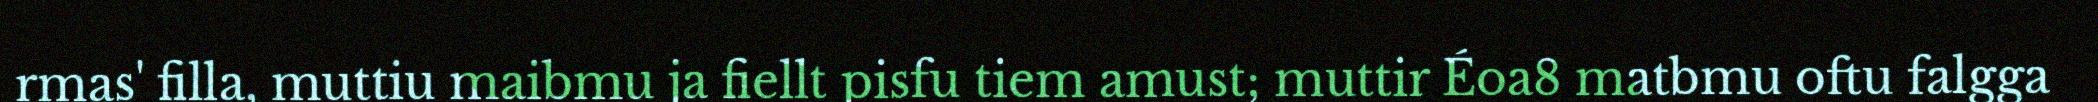
rmas' filla, muttiu maibmu ja fiellt pisfu tiem amust; muttir Éoa8 matbmu oftu falgga